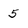
Character: 5